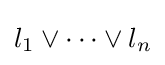
l_{1}\vee \cdots \vee l_{n}